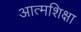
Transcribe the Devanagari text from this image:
आत्मशिक्षा